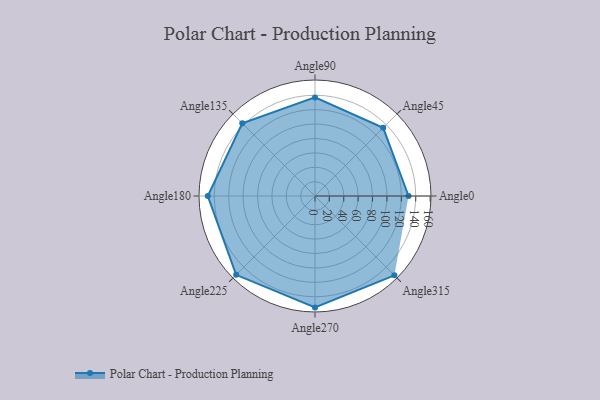
{"axis": {"x": "Angle", "y": "Radius"}, "legend": [""], "data": [{"x": "Angle0", "y": 130.0, "type": ""}, {"x": "Angle45", "y": 134.0, "type": ""}, {"x": "Angle90", "y": 137.0, "type": ""}, {"x": "Angle135", "y": 143.0, "type": ""}, {"x": "Angle180", "y": 149.0, "type": ""}, {"x": "Angle225", "y": 155.0, "type": ""}, {"x": "Angle270", "y": 155.0, "type": ""}, {"x": "Angle315", "y": 156.0, "type": ""}]}